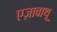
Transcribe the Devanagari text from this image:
एज़ावाथू